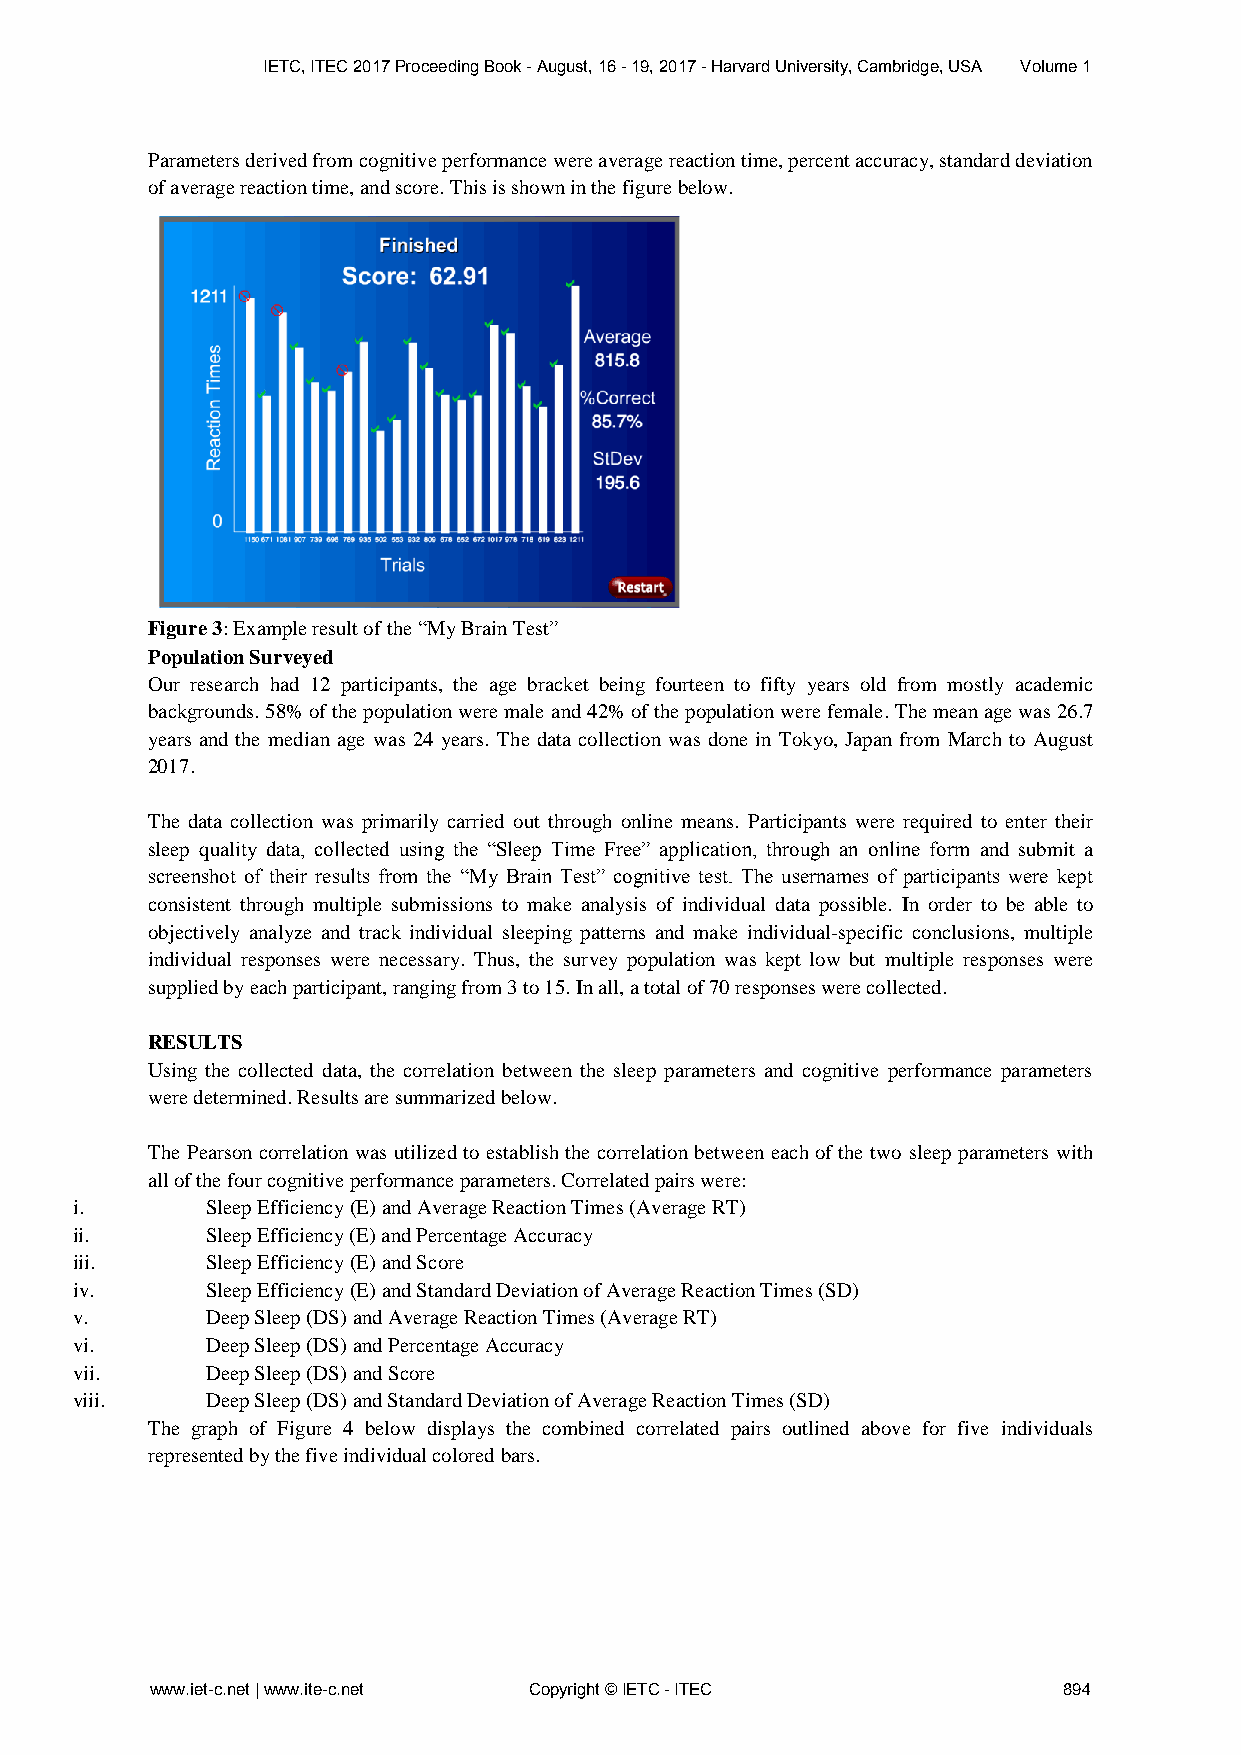
IETC, ITEC 2017 Proceeding Book - August, 16 - 19, 2017 - Harvard University, Cambridge, USA Volume 1
 Parameters derived from cognitive performance were average reaction time, percent accuracy, standard deviation
 of average reaction time, and score. This is shown in the figure below.
 Figure 3: Example result of the “My Brain Test”
 Population Surveyed
 Our research had 12 participants, the age bracket being fourteen to fifty years old from mostly academic
 backgrounds. 58% of the population were male and 42% of the population were female. The mean age was 26.7
 years and the median age was 24 years. The data collection was done in Tokyo, Japan from March to August
 2017.
 The data collection was primarily carried out through online means. Participants were required to enter their
 sleep quality data, collected using the “Sleep Time Free” application, through an online form and submit a
 screenshot of their results from the “My Brain Test” cognitive test. The usernames of participants were kept
 consistent through multiple submissions to make analysis of individual data possible. In order to be able to
 objectively analyze and track individual sleeping patterns and make individual-specific conclusions, multiple
 individual responses were necessary. Thus, the survey population was kept low but multiple responses were
 supplied by each participant, ranging from 3 to 15. In all, a total of 70 responses were collected.
 RESULTS
 Using the collected data, the correlation between the sleep parameters and cognitive performance parameters
 were determined. Results are summarized below.
 The Pearson correlation was utilized to establish the correlation between each of the two sleep parameters with
 all of the four cognitive performance parameters. Correlated pairs were:
 i.       Sleep Efficiency (E) and Average Reaction Times (Average RT)
 ii.      Sleep Efficiency (E) and Percentage Accuracy
 iii.     Sleep Efficiency (E) and Score
 iv.      Sleep Efficiency (E) and Standard Deviation of Average Reaction Times (SD)
 v.       Deep Sleep (DS) and Average Reaction Times (Average RT)
 vi.      Deep Sleep (DS) and Percentage Accuracy
 vii.     Deep Sleep (DS) and Score
 viii.    Deep Sleep (DS) and Standard Deviation of Average Reaction Times (SD)
 The graph of Figure 4 below displays the combined correlated pairs outlined above for five individuals
 represented by the five individual colored bars.
 www.iet-c.net | www.ite-c.net Copyright © IETC - ITEC       894